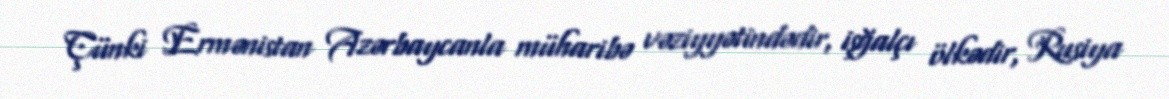
Çünki Ermənistan Azərbaycanla müharibə vəziyyətindədir, işğalçı ölkədir, Rusiya